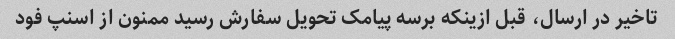
تاخیر در ارسال، قبل ازینکه برسه پیامک تحویل سفارش رسید ممنون از اسنپ فود